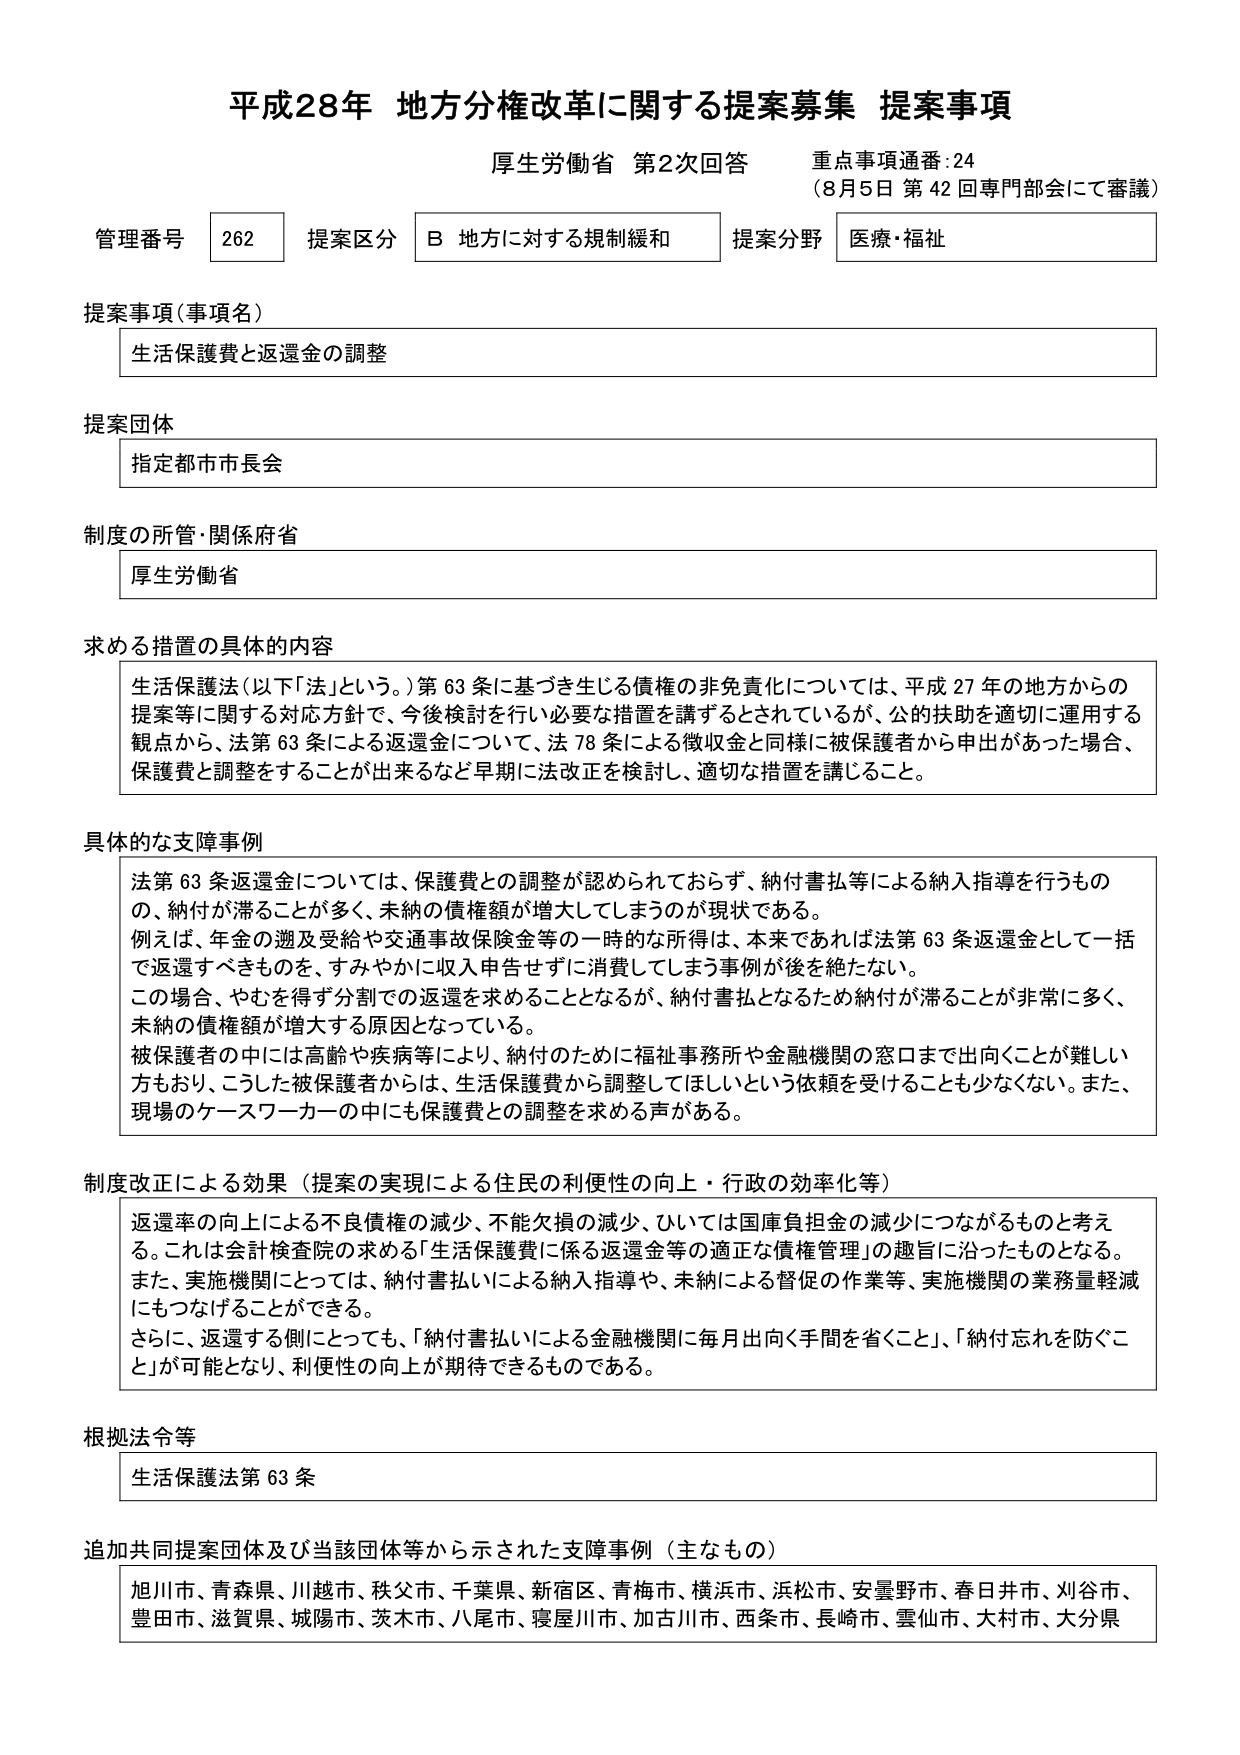
平成28年 地方分権改革に関する提案募集 提案事項
厚生労働省 第2次回答 重点事項通番:24
（8月5日 第42回専門部会にて審議）

管理番号 262 提案区分 B 地方に対する規制緩和 提案分野 医療・福祉

提案事項（事項名）
生活保護費と返還金の調整

提案団体
指定都市市長会

制度の所管・関係府省
厚生労働省

求める措置の具体的内容
生活保護法（以下「法」という。）第63条に基づき生じる債権の非免責化については、平成27年の地方からの提案等に関する対応方針で、今後検討を行い必要な措置を講ずるとされているが、公的扶助を適切に運用する観点から、法第63条による返還金について、法78条による徴収金と同様に被保護者から申出があった場合、保護費と調整をすることが出来るなど早期に法改正を検討し、適切な措置を講じること。

具体的な支障事例
法第63条返還金については、保護費との調整が認められておらず、納付書払等による納入指導を行うものの、納付が滞ることが多く、未納の債権額が増大してしまうのが現状である。
例えば、年金の遡及受給や交通事故保険金等の一時的な所得は、本来であれば法第63条返還金として一括で返還すべきものを、すみやかに収入申告せずに消費してしまう事例が後を絶たない。
この場合、やむを得ず分割での返還を求めることとなるが、納付書払となるため納付が滞ることが非常に多く、未納の債権額が増大する原因となっている。
被保護者の中には高齢や疾病等により、納付のために福祉事務所や金融機関の窓口まで出向くことが難しい方もおり、こうした被保護者からは、生活保護費から調整してほしいという依頼を受けることも少なくない。また、現場のケースワーカーの中にも保護費との調整を求める声がある。

制度改正による効果（提案の実現による住民の利便性の向上・行政の効率化等）
返還率の向上による不良債権の減少、不能欠損の減少、ひいては国庫負担金の減少につながるものと考える。これは会計検査院の求める「生活保護費に係る返還金等の適正な債権管理」の趣旨に沿ったものとなる。また、実施機関にとっては、納付書払いによる納入指導や、未納による督促の作業等、実施機関の業務量軽減にもつなげることができる。
さらに、返還する側にとっても、「納付書払いによる金融機関に毎月出向く手間を省くこと」、「納付忘れを防ぐこと」が可能となり、利便性の向上が期待できるものである。

根拠法令等
生活保護法第63条

追加共同提案団体及び当該団体等から示された支障事例（主なもの）
旭川市、青森県、川越市、秩父市、千葉県、新宿区、青梅市、横浜市、浜松市、安曇野市、春日井市、刈谷市、豊田市、滋賀県、城陽市、茨木市、八尾市、寝屋川市、加古川市、西条市、長崎市、雲仙市、大村市、大分県